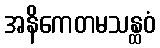
အနိကေတမသန္ထဝံ